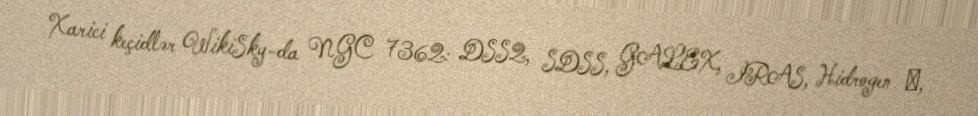
Xarici keçidlər WikiSky-da NGC 7362: DSS2, SDSS, GALEX, IRAS, Hidrogen α,